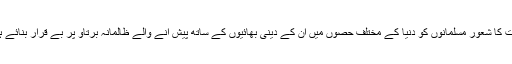
وحدت امت کا شعور مسلمانوں کو دنیا کے مختلف حصوں میں ان کے دینی بھائیوں کے ساتھ پیش آنے والے ظالمانہ برتاؤ پر بے قرار بنائے ہوئے ہے۔